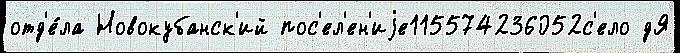
отд'е́ла Новокубанск'ий пос'ел'ен'иjе115574236052с'ело дЯ